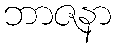
ဘာဇနာ